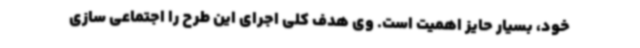
خود، بسیار حایز اهمیت است. وی هدف کلی اجرای این طرح را اجتماعی سازی